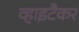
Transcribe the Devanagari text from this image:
व्हाइटैकर